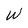
Character: W